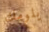
يلومك